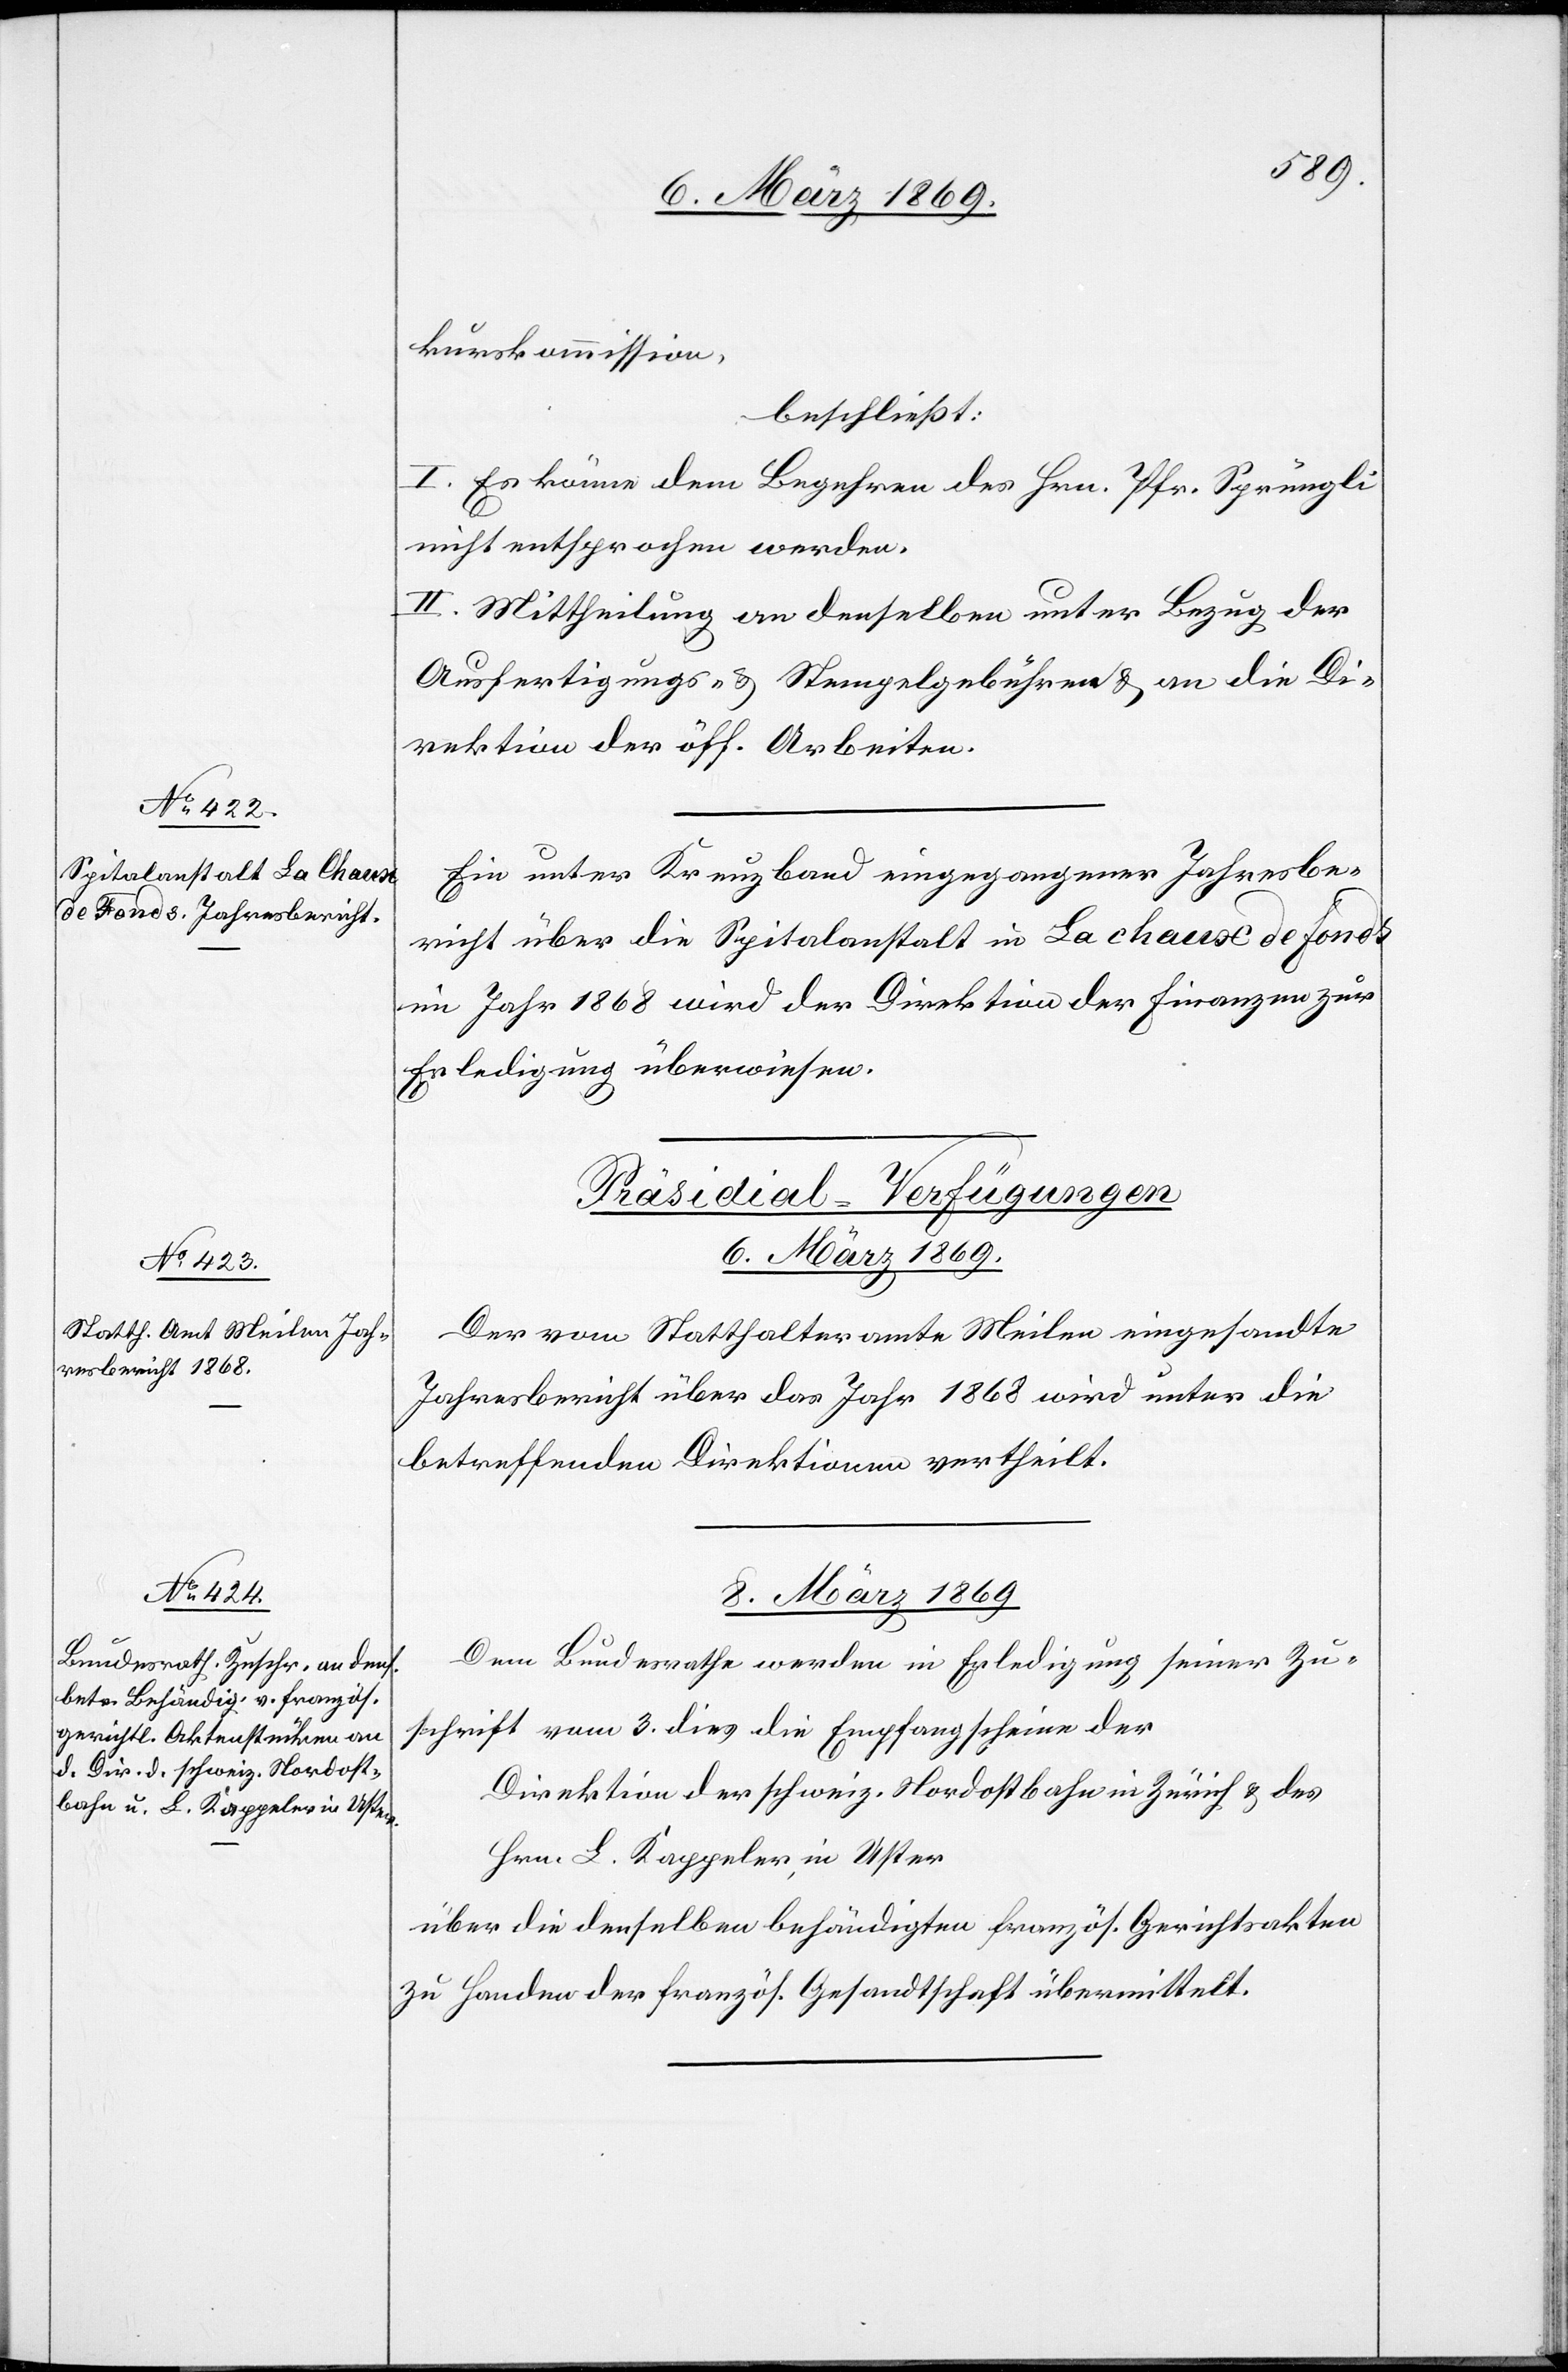
kurskommission,
beschließt:
I. Es käme dem Begehren des Hrn. Pfr. Sprüngli
nicht entsprochen werden.
II. Mittheilung an denselben unter Bezug der
Ausfertigungs- & Stempelgebühren & an die Di¬
rektion der öff. Arbeiten.
Ein unter Kreuzband eingegangener Jahresbe¬
richt über die Spitalanstalt in La chaux de Fonds
im Jahr 1868 wird der Direktion der Finanzen zur
Erledigung überwiesen.
[Präsidial-Verfügungen.]
8. März 1869.
Der vom Statthalteramte Meilen eingesandte
Jahresbericht über das Jahr 1868 wird unter die
betreffenden Direktionen vertheilt.
Dem Bundesrathe werden in Erledigung seiner Zu¬
schrift vom 3. dies die Empfangsscheine der
Direktion der schweiz. Nordostbahn Zürich & des
Hrn. L. Kappeler, in Uster
über die denselben behändigten französ. Gerichtsakten
zu Handen der französ. Gesandtschaft übermittelt.